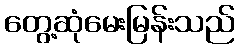
တွေ့ဆုံမေးမြန်းသည်